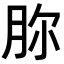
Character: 𣍨